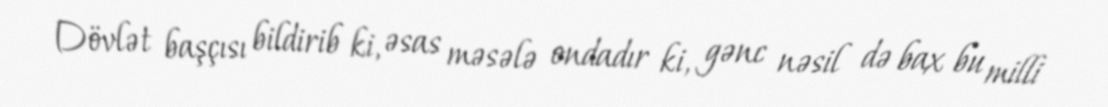
Dövlət başçısı bildirib ki, əsas məsələ ondadır ki, gənc nəsil də bax bu milli